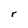
Character: r